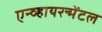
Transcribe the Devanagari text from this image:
एन्व्हायरन्मेंटल